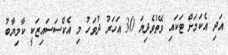
އަދި އެކަމަށް ޓަކައި ވޭތުވެދިޔަ 30 އަހަރު ދުވަހު މި އެކްސަސައިޒަކީ ކާމިޔާބު